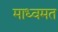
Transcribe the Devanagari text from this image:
माध्वमत